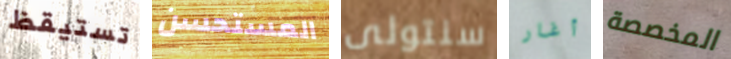
تستيقظ المستحسن سنتولى أغار المخصصة